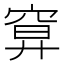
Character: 𥦍